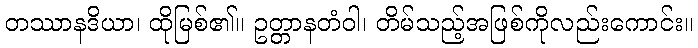
တဿာနဒိယာ၊ ထိုမြစ်၏။ ဥတ္တာနတံဝါ၊ တိမ်သည့်အဖြစ်ကိုလည်းကောင်း။